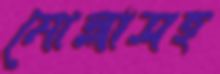
মোল্লাসহ